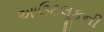
આઉટલૂકની